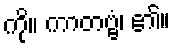
ကို။ ကာတဗ္ဗံ၊ ၏။